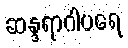
ဆန္ဒရာဂါပရေ